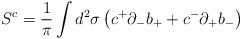
LaTeX: \begin{align*}S^c = \frac {1} {\pi} \int d^2 \sigma \left( c^{+} {\partial}_{-}b_{+} + c^{-} {\partial}_{+} b_{-} \right)\end{align*}